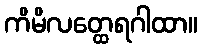
ကိမိလတ္ထေရဂါထာ။